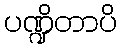
ပဏ္ဍိတာပိ